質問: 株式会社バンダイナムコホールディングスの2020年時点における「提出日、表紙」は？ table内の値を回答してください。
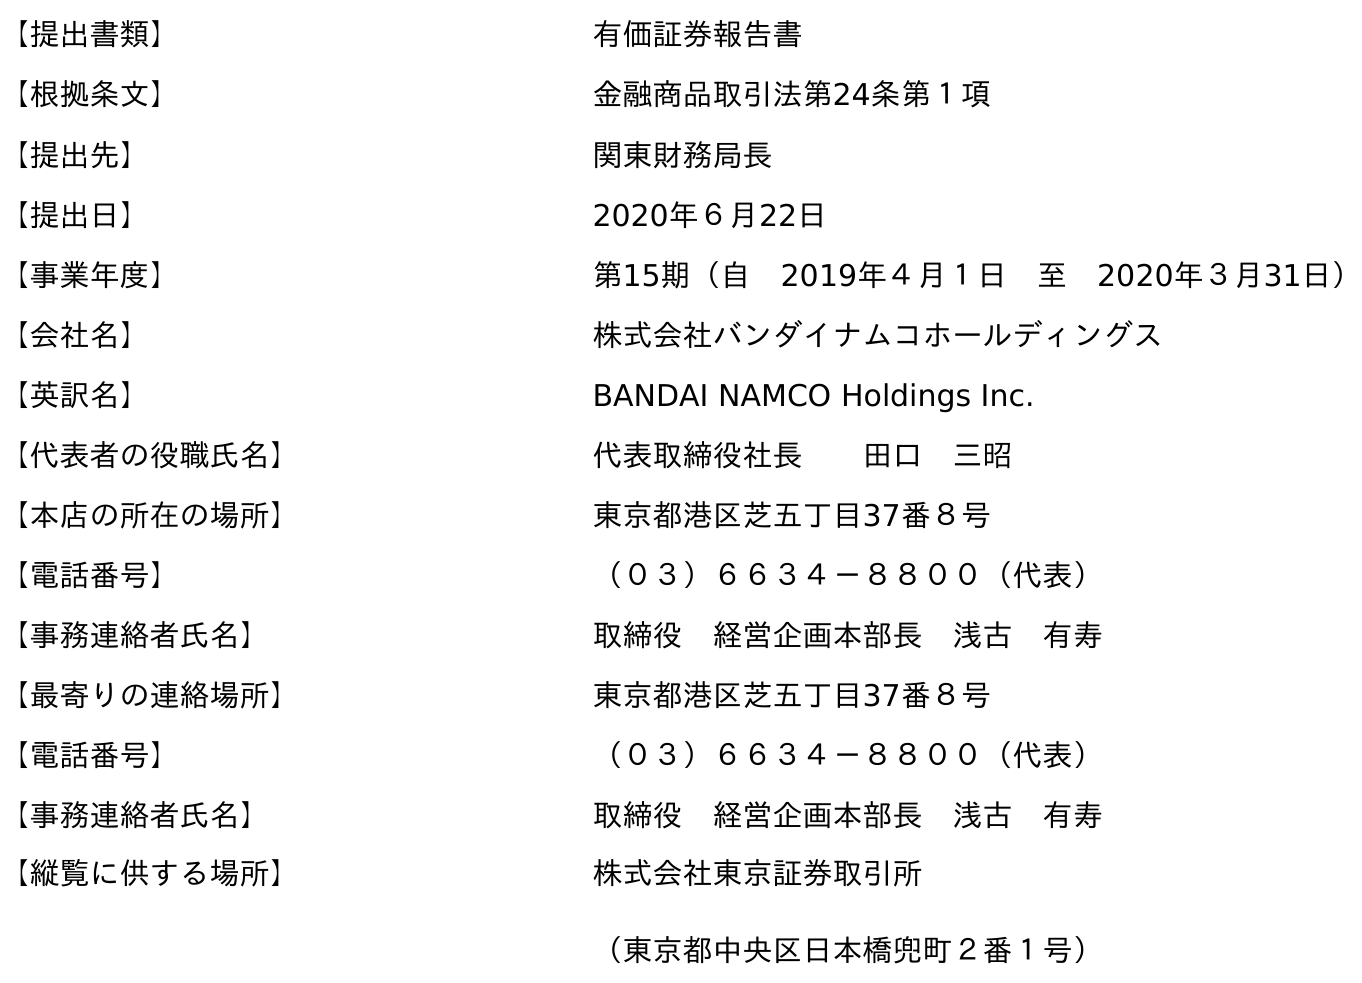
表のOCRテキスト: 【提出書類】 有価証券報告書 【根拠条文】 金融商品取引法第24条第１項 【提出先】 関東財務局長 【提出日】 2020年６月22日 【事業年度】 第15期（自 2019年４月１日 至 2020年３月31日） 【会社名】 株式会社バンダイナムコホールディングス 【英訳名】 BANDAI NAMCO Holdings Inc. 【代表者の役職氏名】 代表取締役社長  田口 三昭 【本店の所在の場所】 東京都港区芝五丁目37番８号 【電話番号】 （０３）６６３４－８８００（代表） 【事務連絡者氏名】 取締役 経営企画本部長 浅古 有寿 【最寄りの連絡場所】 東京都港区芝五丁目37番８号 【電話番号】 （０３）６６３４－８８００（代表） 【事務連絡者氏名】 取締役 経営企画本部長 浅古 有寿 【縦覧に供する場所】 株式会社東京証券取引所 （東京都中央区日本橋兜町２番１号）
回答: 2020年６月22日